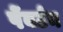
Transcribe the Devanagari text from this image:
पेंबर्टन